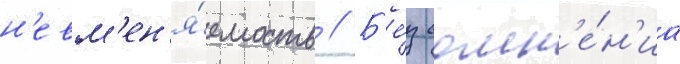
н'евм'ен'я́емость // Б'е́з сомн'е́н'иа